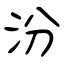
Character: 汾